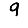
Digit: 9